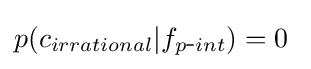
p(c_{irrational}|f_{p{\mbox{-}}int})=0\